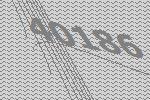
40186